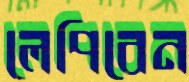
লেপিবেন